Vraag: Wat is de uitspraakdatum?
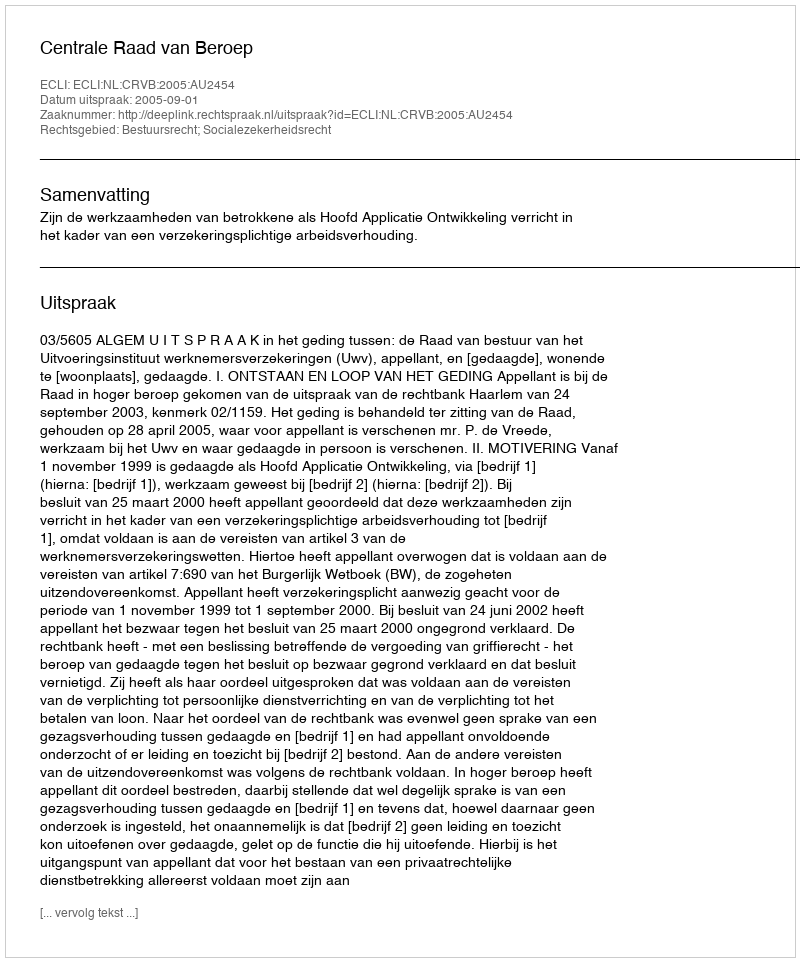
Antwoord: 2005-09-01